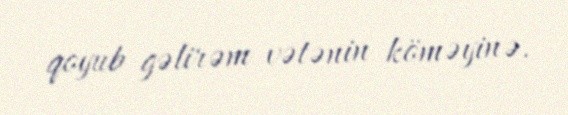
qoyub gəlirəm vətənin köməyinə.